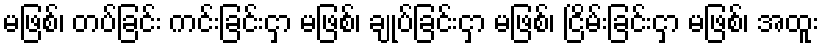
မဖြစ်၊ တပ်ခြင်း ကင်းခြင်းငှာ မဖြစ်၊ ချုပ်ခြင်းငှာ မဖြစ်၊ ငြိမ်းခြင်းငှာ မဖြစ်၊ အထူး